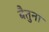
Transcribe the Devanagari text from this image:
बैतुना